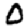
Digit: 0